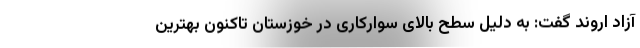
آزاد اروند گفت: به دلیل سطح بالای سوارکاری در خوزستان تاکنون بهترین